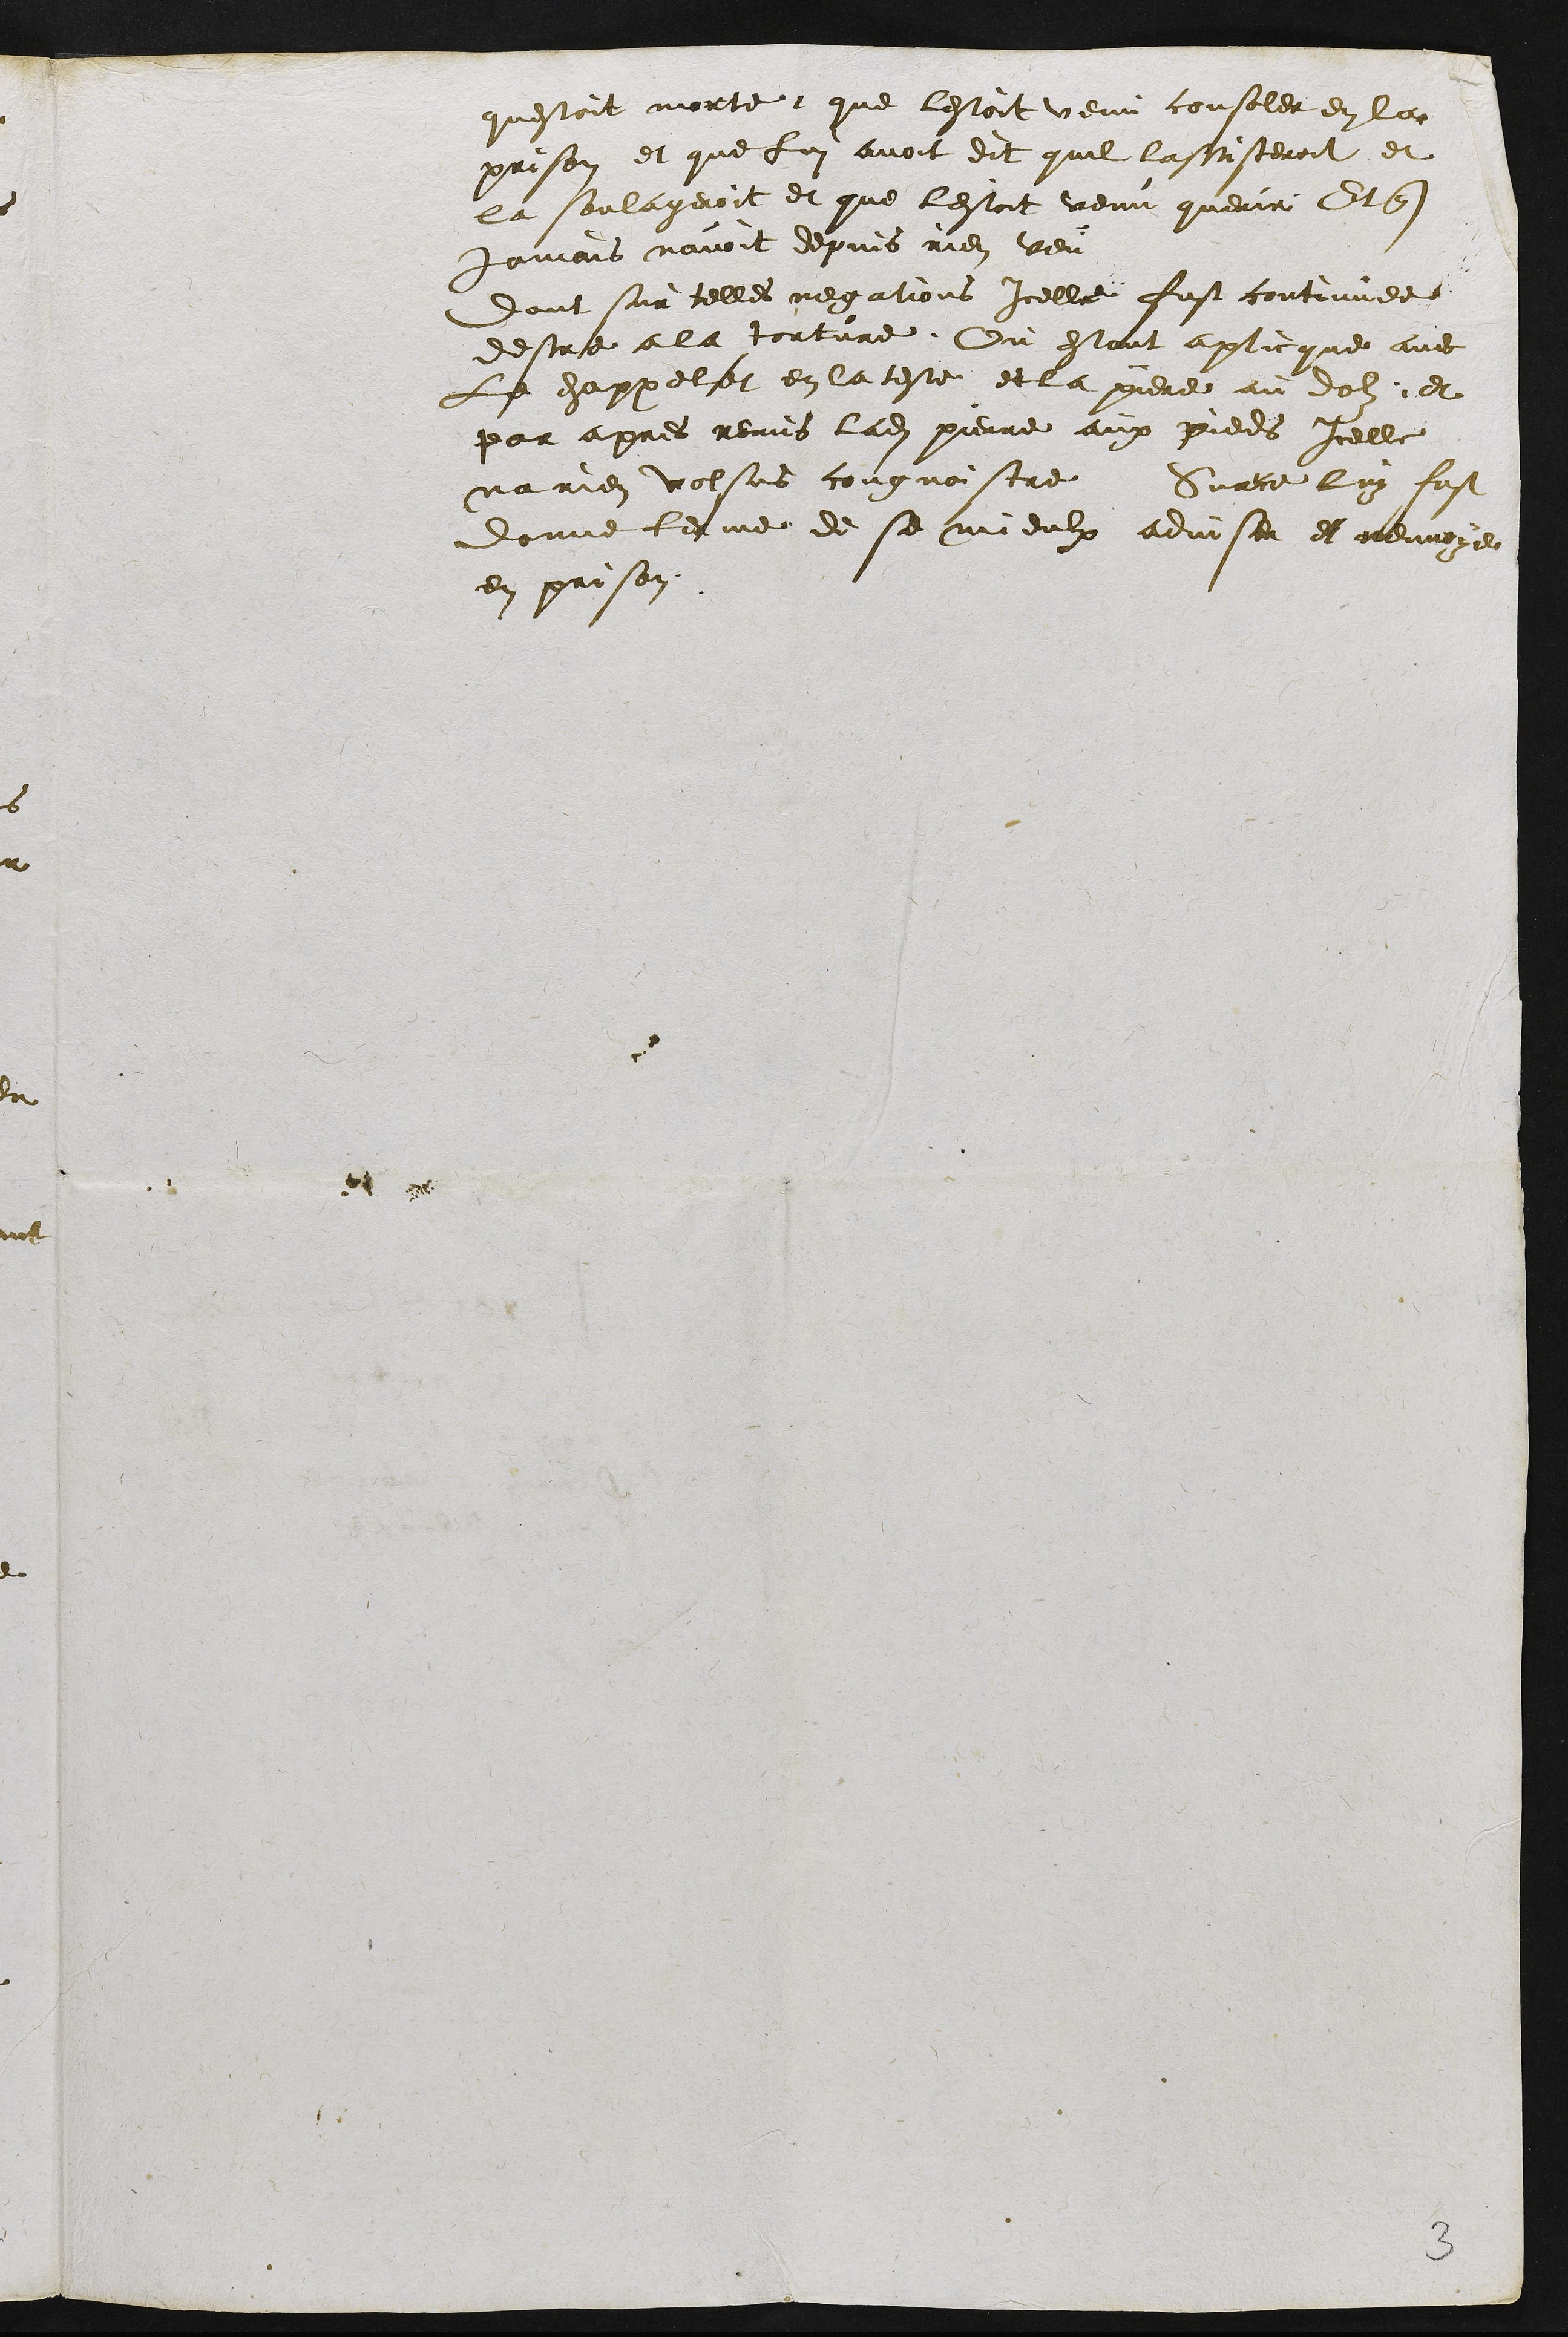
questoit morte que lestoit venu consoler en la
prison et que lui avoit dit quil lassisteroit et
la soulageroit et que lestoit venu querir Et que
jamais navoit depuis rien veu
dont sur telles negations icelle fust continee
destre a la torture Ou estant aplicque avec
le chappelet en la teste et la pierre au dolz et
par apres remis ladite pierre aux pieds Icelle
na rien volsus congnoistre Surce luy fust
donne terme de se mieulx adviser et renvoye
et prison